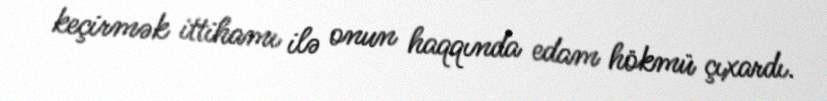
keçirmək ittihamı ilə onun haqqında edam hökmü çıxardı.